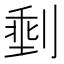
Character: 𪟏